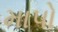
માપો